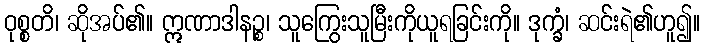
ဝုစ္စတိ၊ ဆိုအပ်၏။ ဣဏာဒါနဉ္စ၊ သူကြွေးသူမြီးကိုယူရခြင်းကို။ ဒုက္ခံ၊ ဆင်းရဲ၏ဟူ၍။